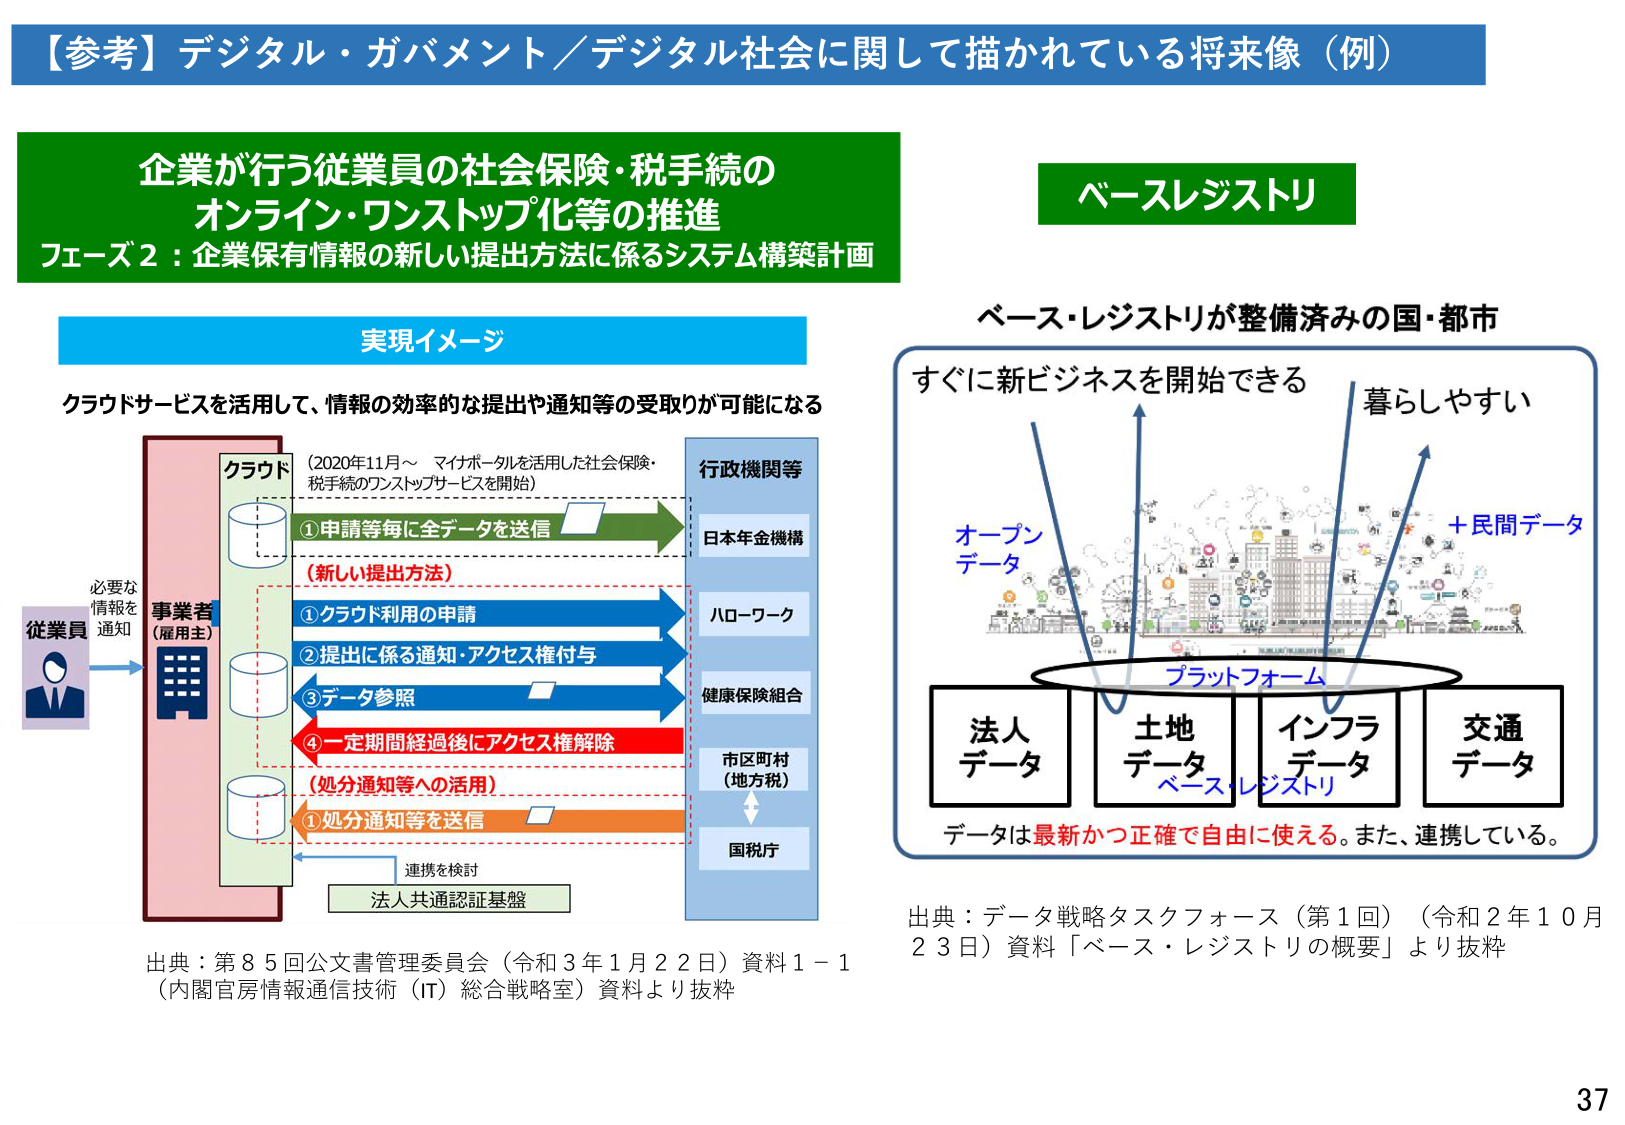
【参考】デジタル・ガバメント／デジタル社会に関して描かれている将来像（例）

企業が行う従業員の社会保険・税手続の
オンライン・ワンストップ化等の推進
フェーズ2：企業保有情報の新しい提出方法に係るシステム構築計画

実現イメージ
クラウドサービスを活用して、情報の効率的な提出や通知等の受取りが可能になる

従業員
必要な情報を通知
→ 事業者（雇用主）

クラウド
（2020年11月～ マイポータルを活用した社会保険・税手続のワンストップサービスを開始）

①申請等毎に全データを送信
（新しい提出方法）
①クラウド利用の申請
②提出に係る通知・アクセス権付与
③データ参照
④一定期間経過後にアクセス権解除
（処分通知等への活用）
①処分通知等を送信

行政機関等
日本年金機構
ハローワーク
健康保険組合
市区町村（地方税）
国税庁

連携を検討
法人共通認証基盤

ベースレジストリ

ベース・レジストリが整備済みの国・都市
すぐに新ビジネスを開始できる
暮らしやすい

オープンデータ
＋民間データ

プラットフォーム

法人データ
土地データ
インフラデータ
交通データ

データは最新かつ正確で自由に使える。また、連携している。

出典：データ戦略タスクフォース（第1回）（令和2年10月23日）資料「ベース・レジストリの概要」より抜粋

出典：第85回公文書管理委員会（令和3年1月22日）資料1－1
（内閣官房情報通信技術（IT）総合戦略室）資料より抜粋

37